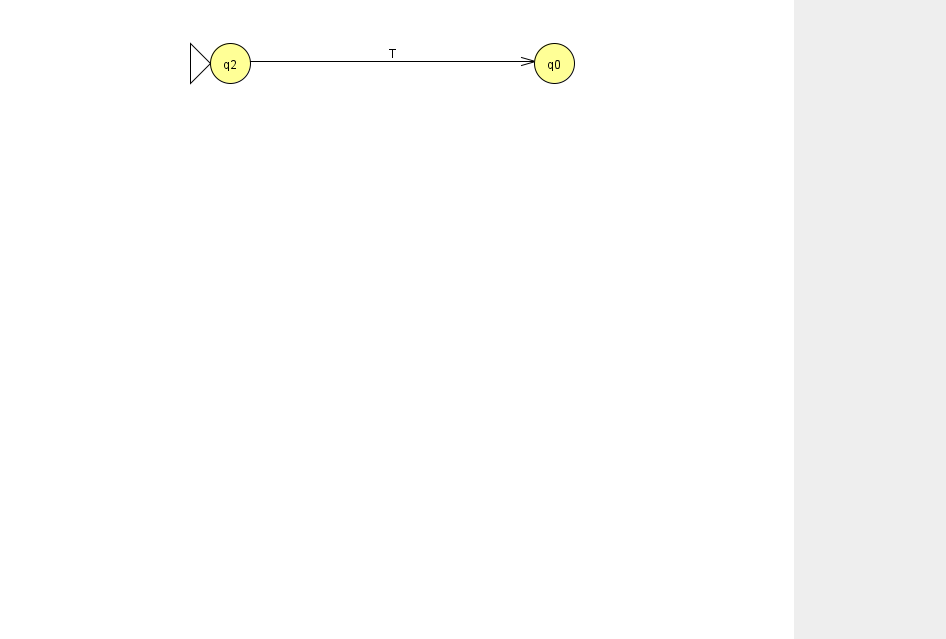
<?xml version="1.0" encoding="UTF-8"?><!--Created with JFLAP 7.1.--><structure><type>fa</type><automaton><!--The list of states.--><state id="0" name="q0"><x>554.0</x><y>50.0</y></state><state id="2" name="q2"><x>230.0</x><y>50.0</y><initial/></state><!--The list of transitions.--><transition><from>2</from><to>0</to><read>T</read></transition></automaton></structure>